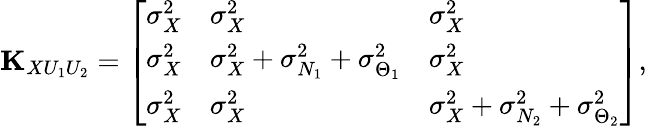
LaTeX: \begin{array}{r}{{\mathbf K}_{XU_{1}U_{2}}=\left[\begin{array}{lll}{\sigma_{X}^{2}}&{\sigma_{X}^{2}}&{\sigma_{X}^{2}}\\ {\sigma_{X}^{2}}&{\sigma_{X}^{2}+\sigma_{N_{1}}^{2}+\sigma_{\Theta_{1}}^{2}}&{\sigma_{X}^{2}}\\ {\sigma_{X}^{2}}&{\sigma_{X}^{2}}&{\sigma_{X}^{2}+\sigma_{N_{2}}^{2}+\sigma_{\Theta_{2}}^{2}}\end{array}\right],}\end{array}